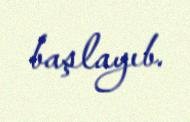
başlayıb.